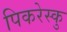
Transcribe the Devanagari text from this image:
पिकरेस्कु